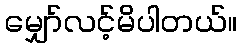
မျှော်လင့်မိပါတယ်။